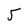
Character: 5